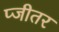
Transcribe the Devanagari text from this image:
प्जीतर